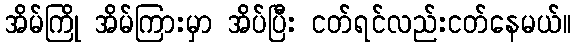
အိမ်ကြို အိမ်ကြားမှာ အိပ်ပြီး ငတ်ရင်လည်းငတ်နေမယ်။